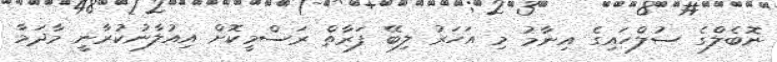
ނޮބެލްގެ ސުލްހައިގެ އިނާމު މި އަހަރު ލިބޭ ފަރާތް ރަސްމީކޮށް އިއުލާނުކުރާނީ މާދަމާ